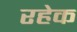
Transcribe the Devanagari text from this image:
रहेक